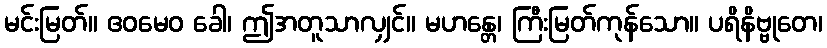
မင်းမြတ်။ ဧဝမေဝ ခေါ၊ ဤအတူသာလျှင်။ မဟန္တေ၊ ကြီးမြတ်ကုန်သော။ ပရိနိဗ္ဗုတေ၊